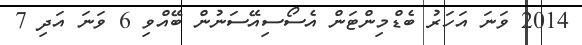
2014 ވަނަ އަހަރު ބެޑްމިންޓަން އެސޯސިއޭސަނުން ބޭއްވި 6 ވަނަ އަދި 7